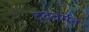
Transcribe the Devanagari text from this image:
दृढ़वर्मन